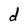
Character: d